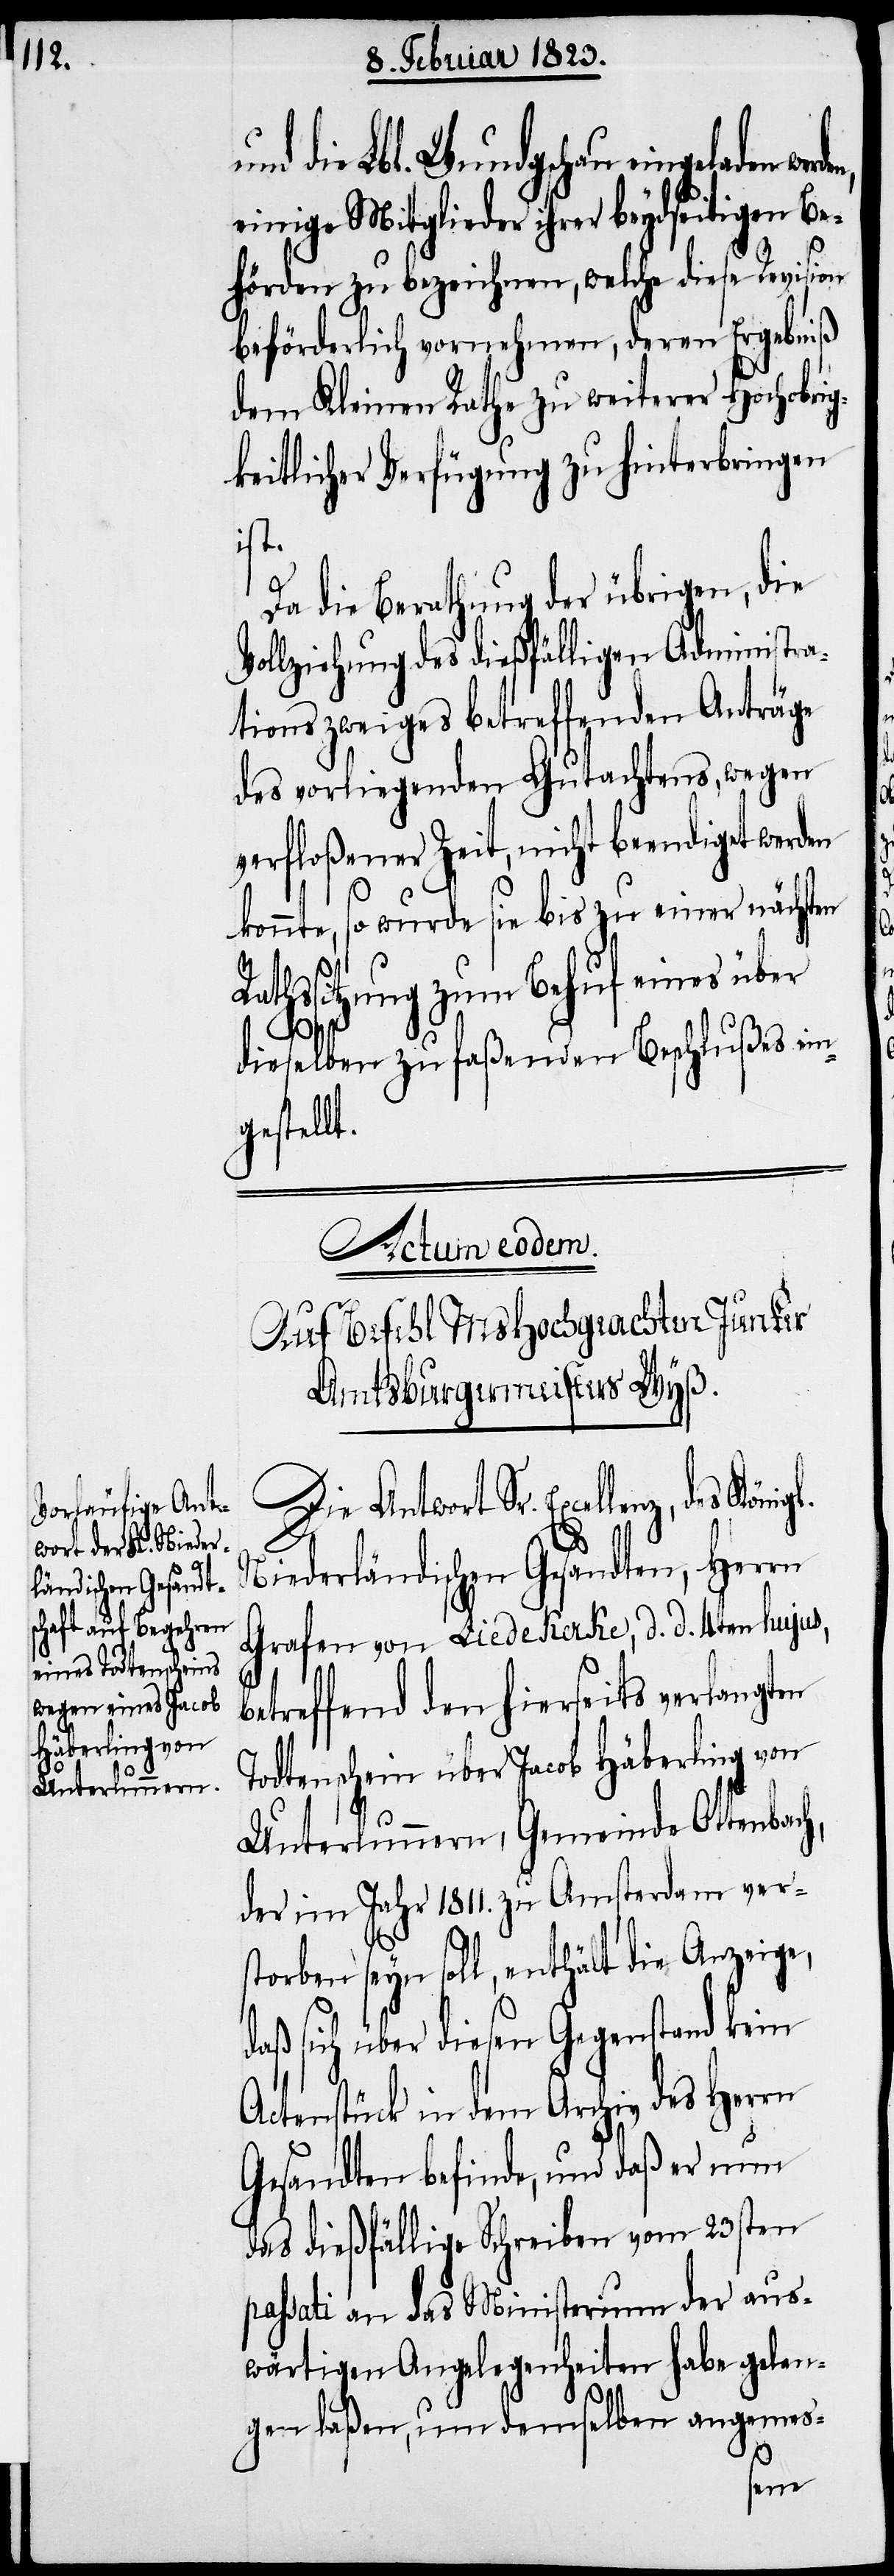
und die Lbl. Wundgschau eingel¬
einige Mitglieder ihrer beydseitigen Be¬
hörden zu bezeichnen, welche diese Revision
beförderlich vornehmen, deren Ergebniß
dem Kleinen Rathe zu weiterer Hochobri¬
gkeitlicher Verfügung zu hinterbringen
ist.
Da die Berathung der übrigen, die
Vollziehung des dießfälligen Administra¬
tionszweiges betreffenden Anträge
des vorliegenden Gutachtens, wegen
verfloßener Zeit, nicht beendiget werden
konnte, so wurde sie bis zu einer nächsten
Rathssitzung zum Behuf eines über
b¬
dieselben zu faßenden Beschlußes ein¬
gestellt.
Actum eodem.
Auf Befehl MsHochgeachten Junker
Amtsburgermeisters Wyß.
Die Antwort Sr. Excellenz, des
Niederländischen Gesandten, Herrn
Grafen von Liedekerke, d. d. 4ten hujus,
etreffend den hierseits verlangten
Todtenschein über Jacob Häberling von
Unterlunnern, Gemeinde Ottenbach,
der im Jahr 1811. zu Amsterdam ver¬
storben seyn soll, enthält die Anzeige,
daß sich über diesen Gegenstand kein
Actenstück in dem Archiv des Herrn
Gesandten befinde, und daß er nun
das dießfällige Schreiben vom 23sten
passati an das Ministerium der aus¬
wärtigen Angelegenheiten habe gelan¬
gen laßen, um demselben angemes-